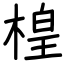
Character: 楻